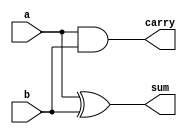
`timescale 1ns/1ps
  module ha (a,b,sum,carry);
    input a,b;
    output sum,carry;


    //
         xor #(5)gate1(sum,a,b);        //simple delays
         and #(4)gate2(carry,a,b);      //simple delays

   //half adder using nand gate 

  /*   nand #(3,2)gate1(w1,a,b);       //2 - delays --- Rise , Fall
       nand #(1,4)gate2(w2,w1,a);      //3 delays are not posiible for simple gates
       nand #(2,3)gate3(w3,w1,b);
       nand #(1,3)gate4(sum,w2,w3);
       nand #(2,4)gate5(carry,w1);

  //half adder using nor gate

      nor #(5:3:1,4:3:2)gate1(w1,a,b);
      nor #(3:2:1,4:2:1)gate2(w2,a);
      nor #(5:4:1,6:4:1)gate3(w3,b);
      nor #(3:2:1,3:2:1)gate4(carry,w2,w3);
      nor #(5:4:2,5:3:2)gate5(sum,w1,carry);*/
  endmodule